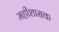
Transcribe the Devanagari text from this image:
महीशासक